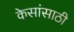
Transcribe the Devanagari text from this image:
केसांसाठी